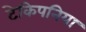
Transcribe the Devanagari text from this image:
टेकिपनिया